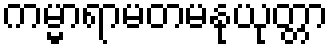
ကမ္မာရာမတမနုယုတ္တာ